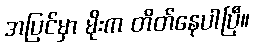
အပြင်မှာ မိုးက တိတ်နေပါပြီ။